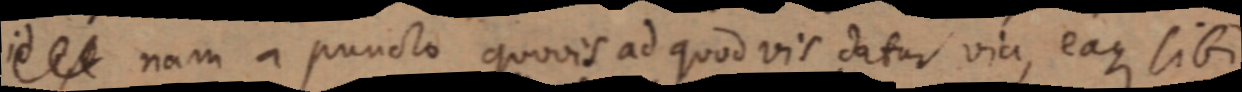
id et nam a puncto quovis ad quod vis datur via, eaque sibi